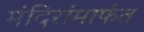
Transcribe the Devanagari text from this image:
मंदिरांमार्फत